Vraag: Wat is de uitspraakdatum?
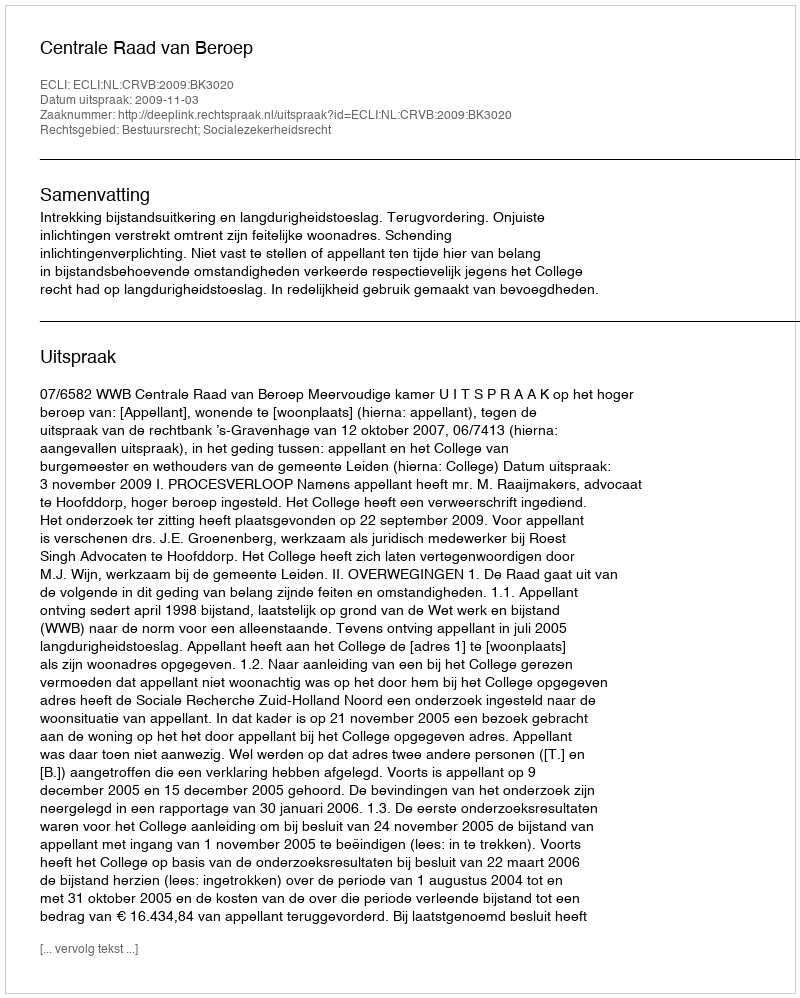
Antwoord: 2009-11-03